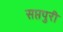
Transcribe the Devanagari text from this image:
सप्तपुरी